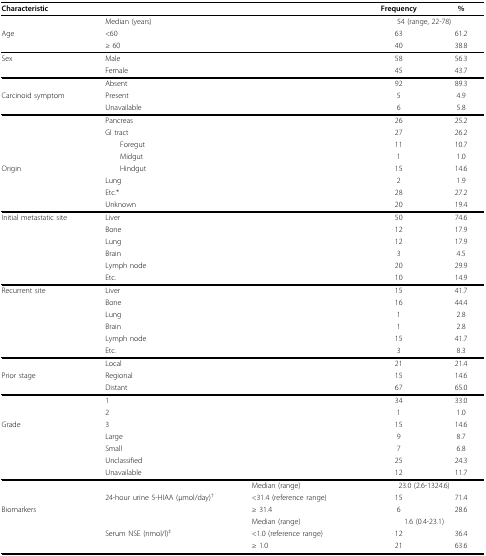
<table><thead><tr><td colspan="3"><b>Characteristic</b></td><td><b>Frequency</b></td><td><b>%</b></td></tr></thead><tbody><tr><td></td><td colspan="2">Median (years)</td><td colspan="2">54 (range, 22-78)</td></tr><tr><td>Age</td><td colspan="2">&lt;60</td><td>63</td><td>61.2</td></tr><tr><td></td><td colspan="2">≥ 60</td><td>40</td><td>38.8</td></tr><tr><td>Sex</td><td colspan="2">Male</td><td>58</td><td>56.3</td></tr><tr><td></td><td colspan="2">Female</td><td>45</td><td>43.7</td></tr><tr><td></td><td colspan="2">Absent</td><td>92</td><td>89.3</td></tr><tr><td>Carcinoid symptom</td><td colspan="2">Present</td><td>5</td><td>4.9</td></tr><tr><td></td><td colspan="2">Unavailable</td><td>6</td><td>5.8</td></tr><tr><td></td><td colspan="2">Pancreas</td><td>26</td><td>25.2</td></tr><tr><td></td><td colspan="2">GI tract</td><td>27</td><td>26.2</td></tr><tr><td></td><td colspan="2"> Foregut</td><td>11</td><td>10.7</td></tr><tr><td></td><td colspan="2"> Midgut</td><td>1</td><td>1.0</td></tr><tr><td>Origin</td><td colspan="2"> Hindgut</td><td>15</td><td>14.6</td></tr><tr><td></td><td colspan="2">Lung</td><td>2</td><td>1.9</td></tr><tr><td></td><td colspan="2">Etc.*</td><td>28</td><td>27.2</td></tr><tr><td></td><td colspan="2">Unknown</td><td>20</td><td>19.4</td></tr><tr><td>Initial metastatic site</td><td colspan="2">Liver</td><td>50</td><td>74.6</td></tr><tr><td></td><td colspan="2">Bone</td><td>12</td><td>17.9</td></tr><tr><td></td><td colspan="2">Lung</td><td>12</td><td>17.9</td></tr><tr><td></td><td colspan="2">Brain</td><td>3</td><td>4.5</td></tr><tr><td></td><td colspan="2">Lymph node</td><td>20</td><td>29.9</td></tr><tr><td></td><td colspan="2">Etc.</td><td>10</td><td>14.9</td></tr><tr><td>Recurrent site</td><td colspan="2">Liver</td><td>15</td><td>41.7</td></tr><tr><td></td><td colspan="2">Bone</td><td>16</td><td>44.4</td></tr><tr><td></td><td colspan="2">Lung</td><td>1</td><td>2.8</td></tr><tr><td></td><td colspan="2">Brain</td><td>1</td><td>2.8</td></tr><tr><td></td><td colspan="2">Lymph node</td><td>15</td><td>41.7</td></tr><tr><td></td><td colspan="2">Etc.</td><td>3</td><td>8.3</td></tr><tr><td></td><td colspan="2">Local</td><td>21</td><td>21.4</td></tr><tr><td>Prior stage</td><td colspan="2">Regional</td><td>15</td><td>14.6</td></tr><tr><td></td><td colspan="2">Distant</td><td>67</td><td>65.0</td></tr><tr><td></td><td colspan="2">1</td><td>34</td><td>33.0</td></tr><tr><td></td><td colspan="2">2</td><td>1</td><td>1.0</td></tr><tr><td>Grade</td><td colspan="2">3</td><td>15</td><td>14.6</td></tr><tr><td></td><td colspan="2">Large</td><td>9</td><td>8.7</td></tr><tr><td></td><td colspan="2">Small</td><td>7</td><td>6.8</td></tr><tr><td></td><td colspan="2">Unclassified</td><td>25</td><td>24.3</td></tr><tr><td></td><td colspan="2">Unavailable</td><td>12</td><td>11.7</td></tr><tr><td></td><td></td><td>Median (range)</td><td colspan="2">23.0 (2.6-1324.6)</td></tr><tr><td></td><td>24-hour urine 5-HIAA (μmol/day)<sup>†</sup></td><td>&lt;31.4 (reference range)</td><td>15</td><td>71.4</td></tr><tr><td>Biomarkers</td><td></td><td>≥ 31.4</td><td>6</td><td>28.6</td></tr><tr><td></td><td></td><td>Median (range)</td><td colspan="2">1.6 (0.4-23.1)</td></tr><tr><td></td><td>Serum NSE (nmol/l)<sup>‡</sup></td><td>&lt;1.0 (reference range)</td><td>12</td><td>36.4</td></tr><tr><td></td><td></td><td>≥ 1.0</td><td>21</td><td>63.6</td></tr></tbody></table>